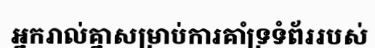
អ្នករាល់គ្នាសម្រាប់ការគាំទ្រទំព័ររបស់